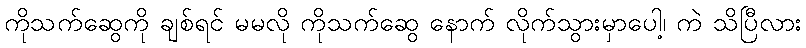
ကိုသက်ဆွေကို ချစ်ရင် မမလို ကိုသက်ဆွေ နောက် လိုက်သွားမှာပေါ့၊ ကဲ သိပြီလား